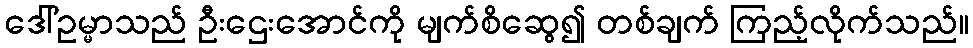
ဒေါ်ဥမ္မာသည် ဦးဌေးအောင်ကို မျက်စိဆွေ၍ တစ်ချက် ကြည့်လိုက်သည်။